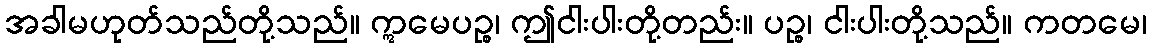
အခါမဟုတ်သည်တို့သည်။ ဣမေပဉ္စ၊ ဤငါးပါးတို့တည်း။ ပဉ္စ၊ ငါးပါးတို့သည်။ ကတမေ၊